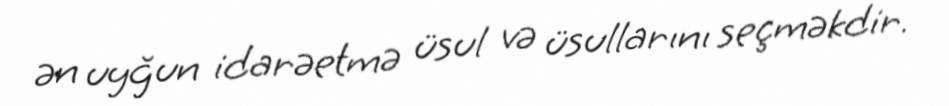
ən uyğun idarəetmə üsul və üsullarını seçməkdir.